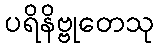
ပရိနိဗ္ဗုတေသု